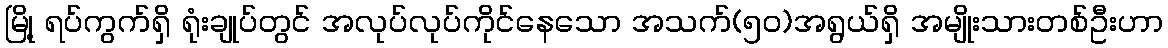
မြို့ ရပ်ကွက်ရှိ ရုံးချုပ်တွင် အလုပ်လုပ်ကိုင်နေသော အသက်(၅၀)အရွယ်ရှိ အမျိုးသားတစ်ဦးဟာ